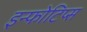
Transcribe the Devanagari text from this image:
इन्फोटिप्स